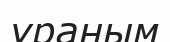
ұраным